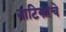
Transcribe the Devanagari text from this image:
नाटिकांचे